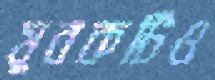
যুবকটিও